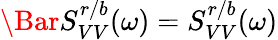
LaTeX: \Bar{S}_{VV}^{r/b}(\omega)=S_{VV}^{r/b}(\omega)